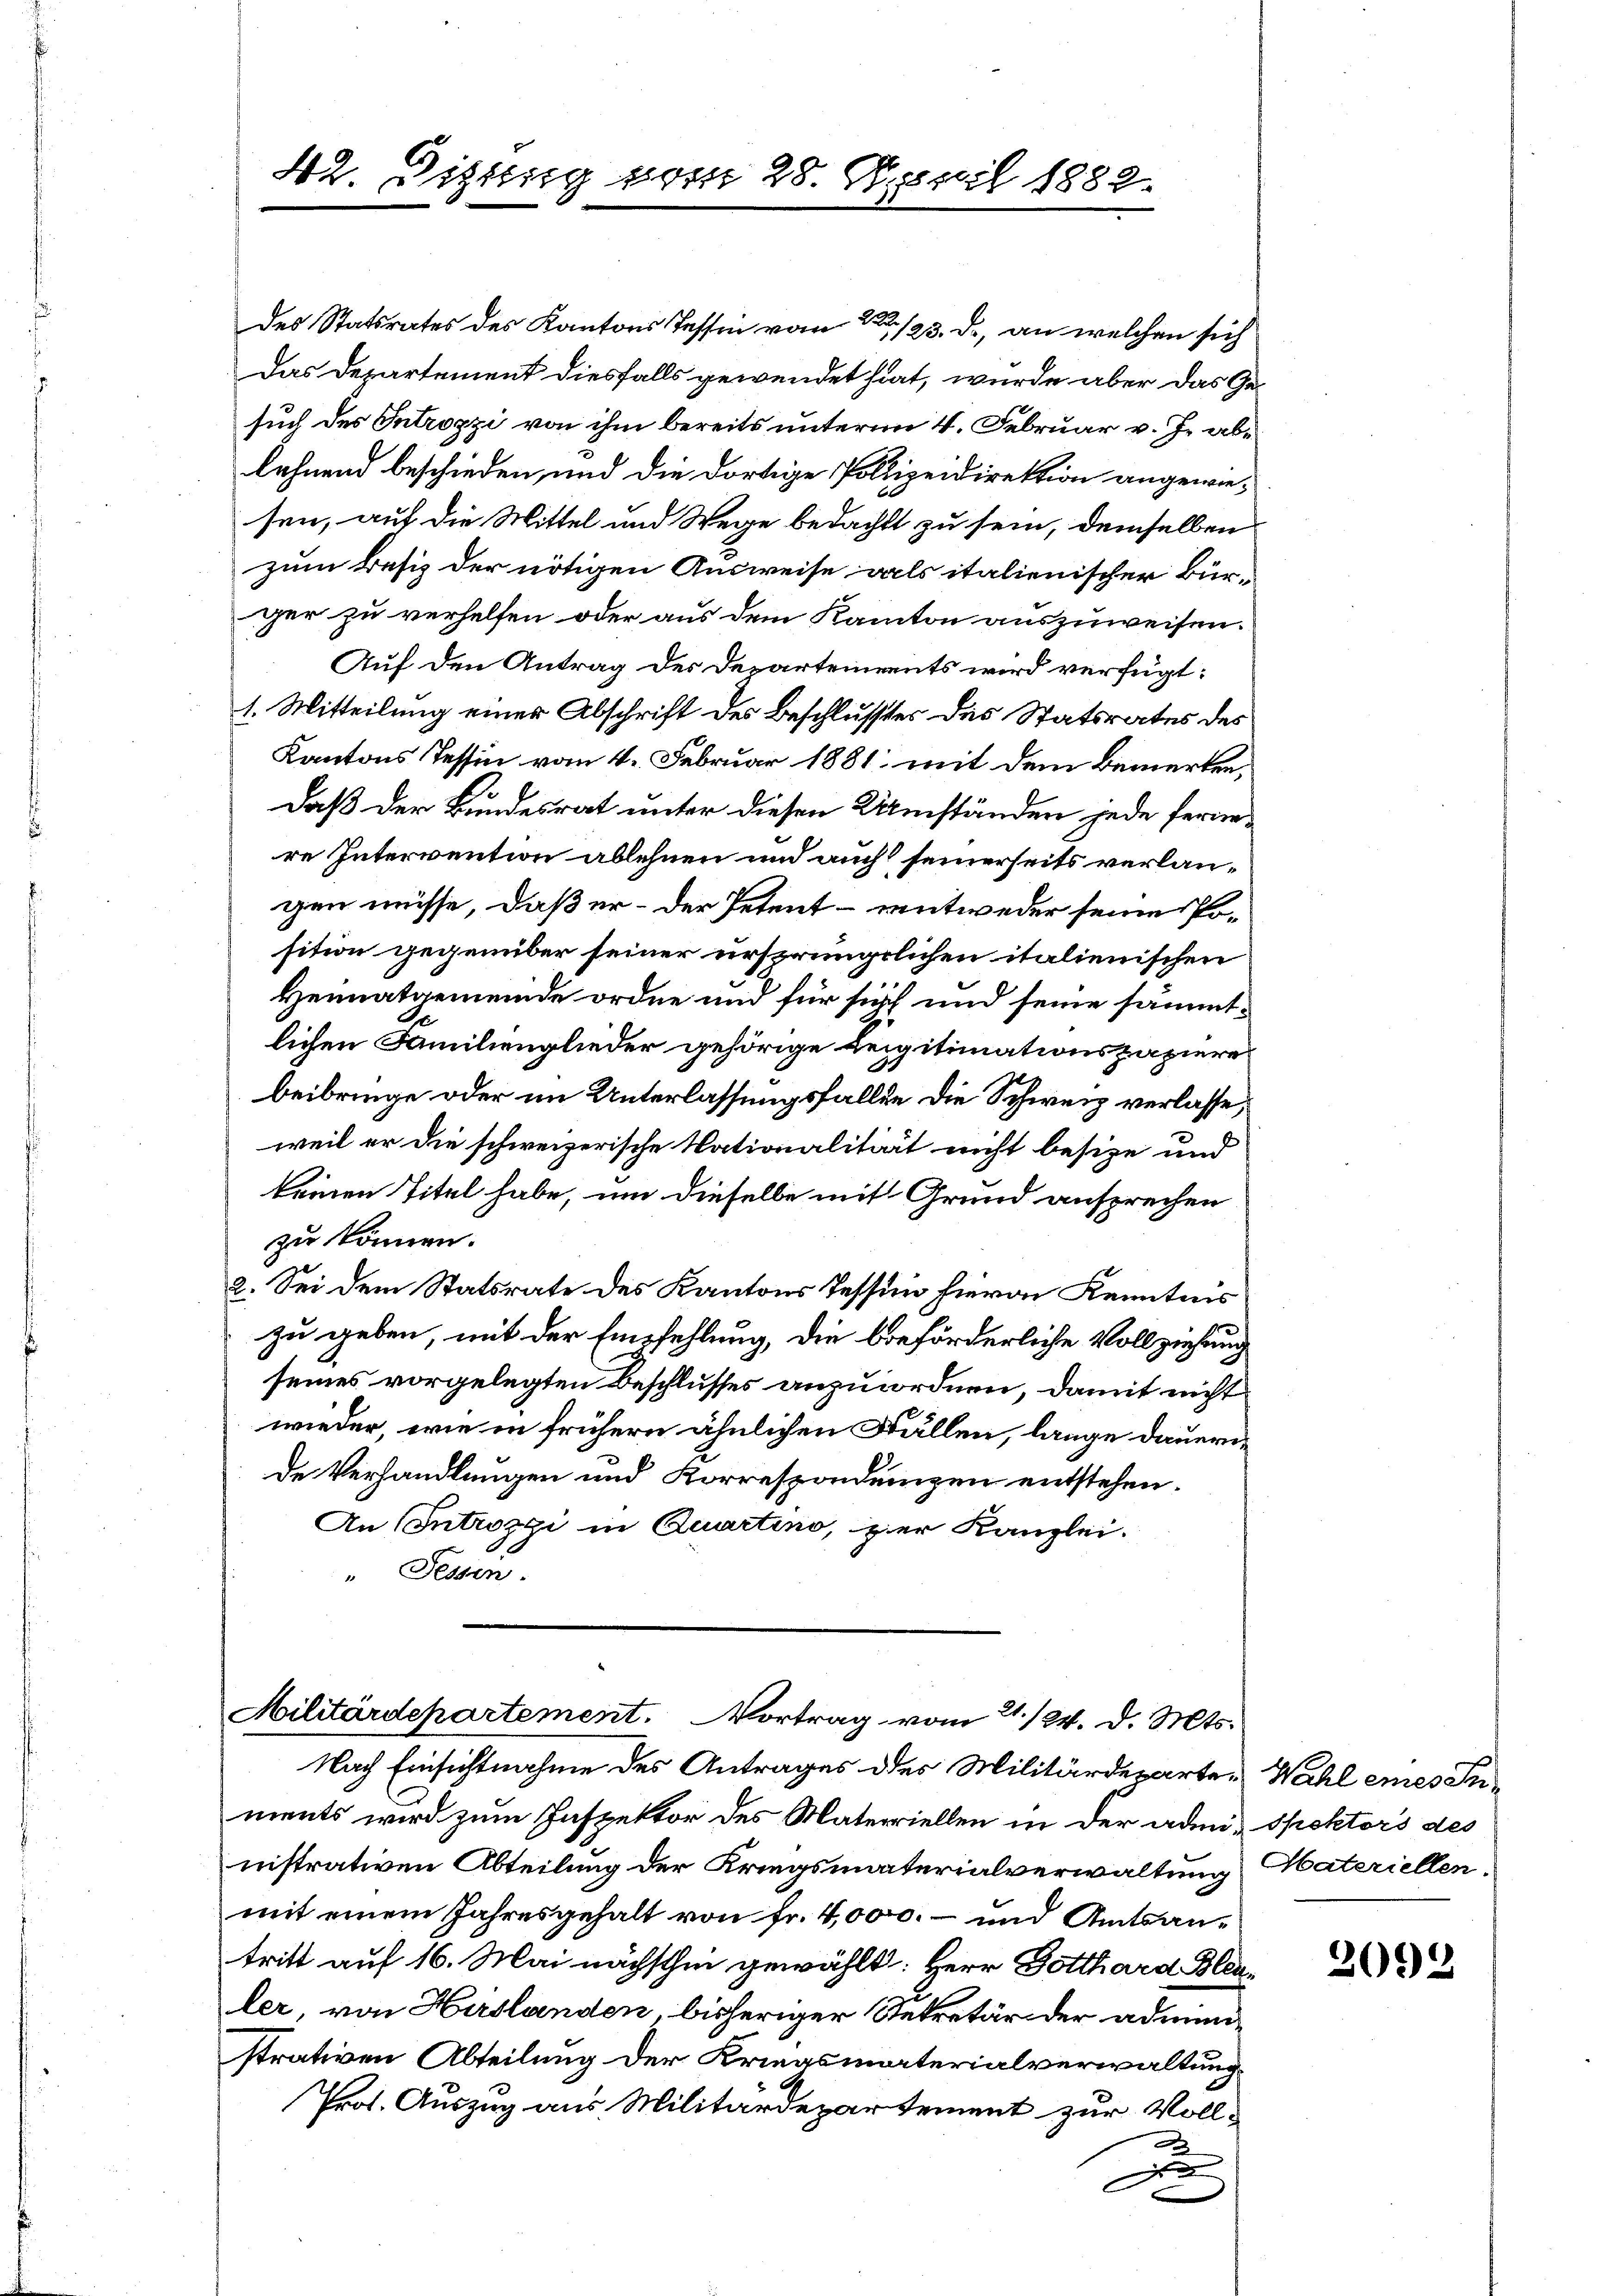
42. Diszig vom 28. April 1882.

Militärdepartement. Vortrag vom 21. 124. d. Mts.

des Statsrates des Kantons Tessin vom 1. 123. d. an welchen sich
Das Departement diesfalls gewendet hat, wurde aber das Gesuch des Introzzi von ihm bereits unterm 4. Februar v. J. ablehnend beschieden, und die dortige Polizeidirektion angewiesen, auf die Mittel und Wege bedacht zu sein, demselben
zum Besiz der nötigen Ausweise als italienischer Bürger zu verhelfen oder aus dem Kanton auszuweisen.
Auf den Antrag des Departements wird verfügt:
1. Mitteilung einer Abschrift des Beschlusstes des Statsrates des
Kantons Tessin vom 4. Februar 1881 mit dem Bemerkendaß der Bundesrat unter diesen Umständen jede fernere Intervention ablehnen und auch seinerseits verlangen müsse, daß er – der Petent – entweder seine Position gegenüber seiner ursprünglichen italienischen
Heimatgemeinde ordne und für sich und seine sämmtlichen Familienglieder gehörige Leigitimationspapiere
beibringe oder im Unterlassungsfalle die Schweiz verlasse
weil er die schweizerische Nationalität nicht besize und
keinen Titel habe, um dieselbe mit Grund ansprechen
zu können.
2. Sei dem Statsrate des Kantons Tessin hievon Kenntnis
zu geben, mit der Empfehlung, die beförderliche Vollziehung
seines vorgelegten Beschlusses anzuordnen, damit nicht
wieder, wie in frühern ähnlichen Fällen, lange dauern
de Verhandlungen und Korrespondenzen entstehen.
An Introzzi in Quartino, zur Kanzlei.
" Sessen.

Nach Einsichtnahme des Antrages des Militärdeparter Wahl eines Inments wird zum Inspektor des Materiellen in der admis spektors des
nistrativen Abteilung der Kriegsmaterialverwaltung Materiellen.
mit einem Jahresgehalt von Fr. 4,000.- und Amtsantritt auf 16. Mai nächsthin gewählt: Herr Dotthard Bleuler, von Hirslanden, bisheriger Sekretär der administrativen Abteilung der Kriegsmaterialverwaltung
Prof. Auszug aus Militärdepartement zur Voll-
x
J

2093